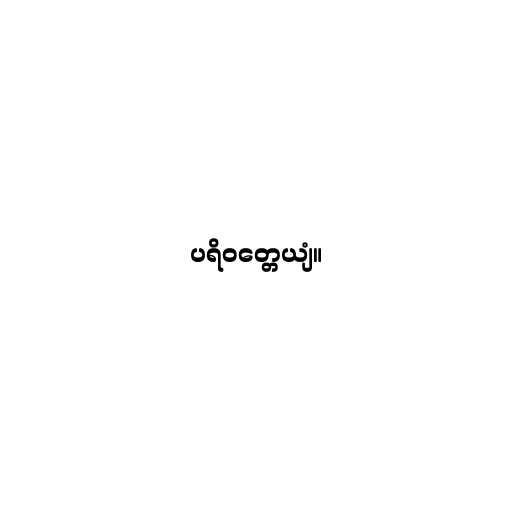
ပရိဝတ္တေယျံ။